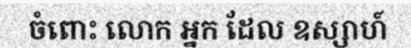
ចំពោះ លោក អ្នក ដែល ឧស្សាហ៍